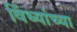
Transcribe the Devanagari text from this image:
विंध्यांच्या